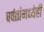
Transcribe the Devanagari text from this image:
पर्वतांमध्येही